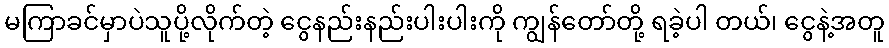
မကြာခင်မှာပဲသူပို့လိုက်တဲ့ ငွေနည်းနည်းပါးပါးကို ကျွန်တော်တို့ ရခဲ့ပါ တယ်၊ ငွေနဲ့အတူ